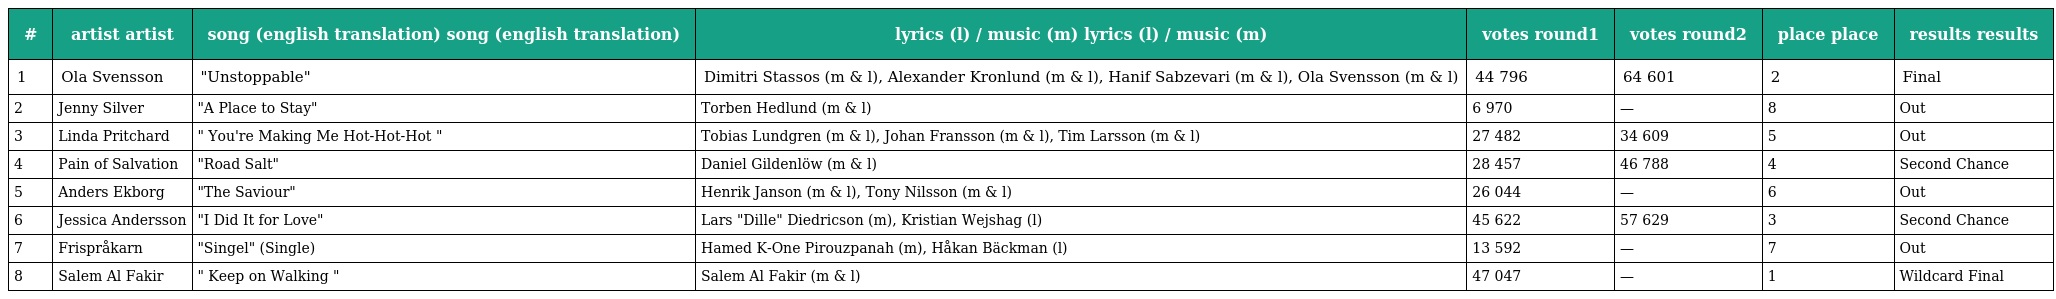
| # | artist artist | song (english translation) song (english translation) | lyrics (l) / music (m) lyrics (l) / music (m) | votes round1 | votes round2 | place place | results results |
 | --- | --- | --- | --- | --- | --- | --- | --- |
 | 1 | Ola Svensson | "Unstoppable" | Dimitri Stassos (m & l), Alexander Kronlund (m & l), Hanif Sabzevari (m & l), Ola Svensson (m & l) | 44 796 | 64 601 | 2 | Final |
 | 2 | Jenny Silver | "A Place to Stay" | Torben Hedlund (m & l) | 6 970 | — | 8 | Out |
 | 3 | Linda Pritchard | " You're Making Me Hot-Hot-Hot " | Tobias Lundgren (m & l), Johan Fransson (m & l), Tim Larsson (m & l) | 27 482 | 34 609 | 5 | Out |
 | 4 | Pain of Salvation | "Road Salt" | Daniel Gildenlöw (m & l) | 28 457 | 46 788 | 4 | Second Chance |
 | 5 | Anders Ekborg | "The Saviour" | Henrik Janson (m & l), Tony Nilsson (m & l) | 26 044 | — | 6 | Out |
 | 6 | Jessica Andersson | "I Did It for Love" | Lars "Dille" Diedricson (m), Kristian Wejshag (l) | 45 622 | 57 629 | 3 | Second Chance |
 | 7 | Frispråkarn | "Singel" (Single) | Hamed K-One Pirouzpanah (m), Håkan Bäckman (l) | 13 592 | — | 7 | Out |
 | 8 | Salem Al Fakir | " Keep on Walking " | Salem Al Fakir (m & l) | 47 047 | — | 1 | Wildcard Final |